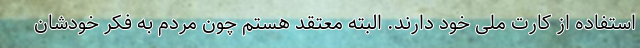
استفاده از کارت ملی خود دارند. البته معتقد هستم چون مردم به فکر خودشان